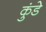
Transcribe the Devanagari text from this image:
कुंडेे